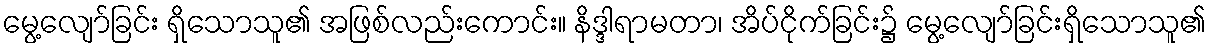
မွေ့လျော်ခြင်း ရှိသောသူ၏ အဖြစ်လည်းကောင်း။ နိဒ္ဒါရာမတာ၊ အိပ်ငိုက်ခြင်း၌ မွေ့လျော်ခြင်းရှိသောသူ၏